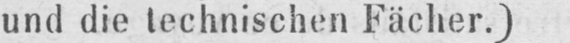
und die technischen Fächer.)